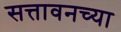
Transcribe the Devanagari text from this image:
सत्तावनच्या